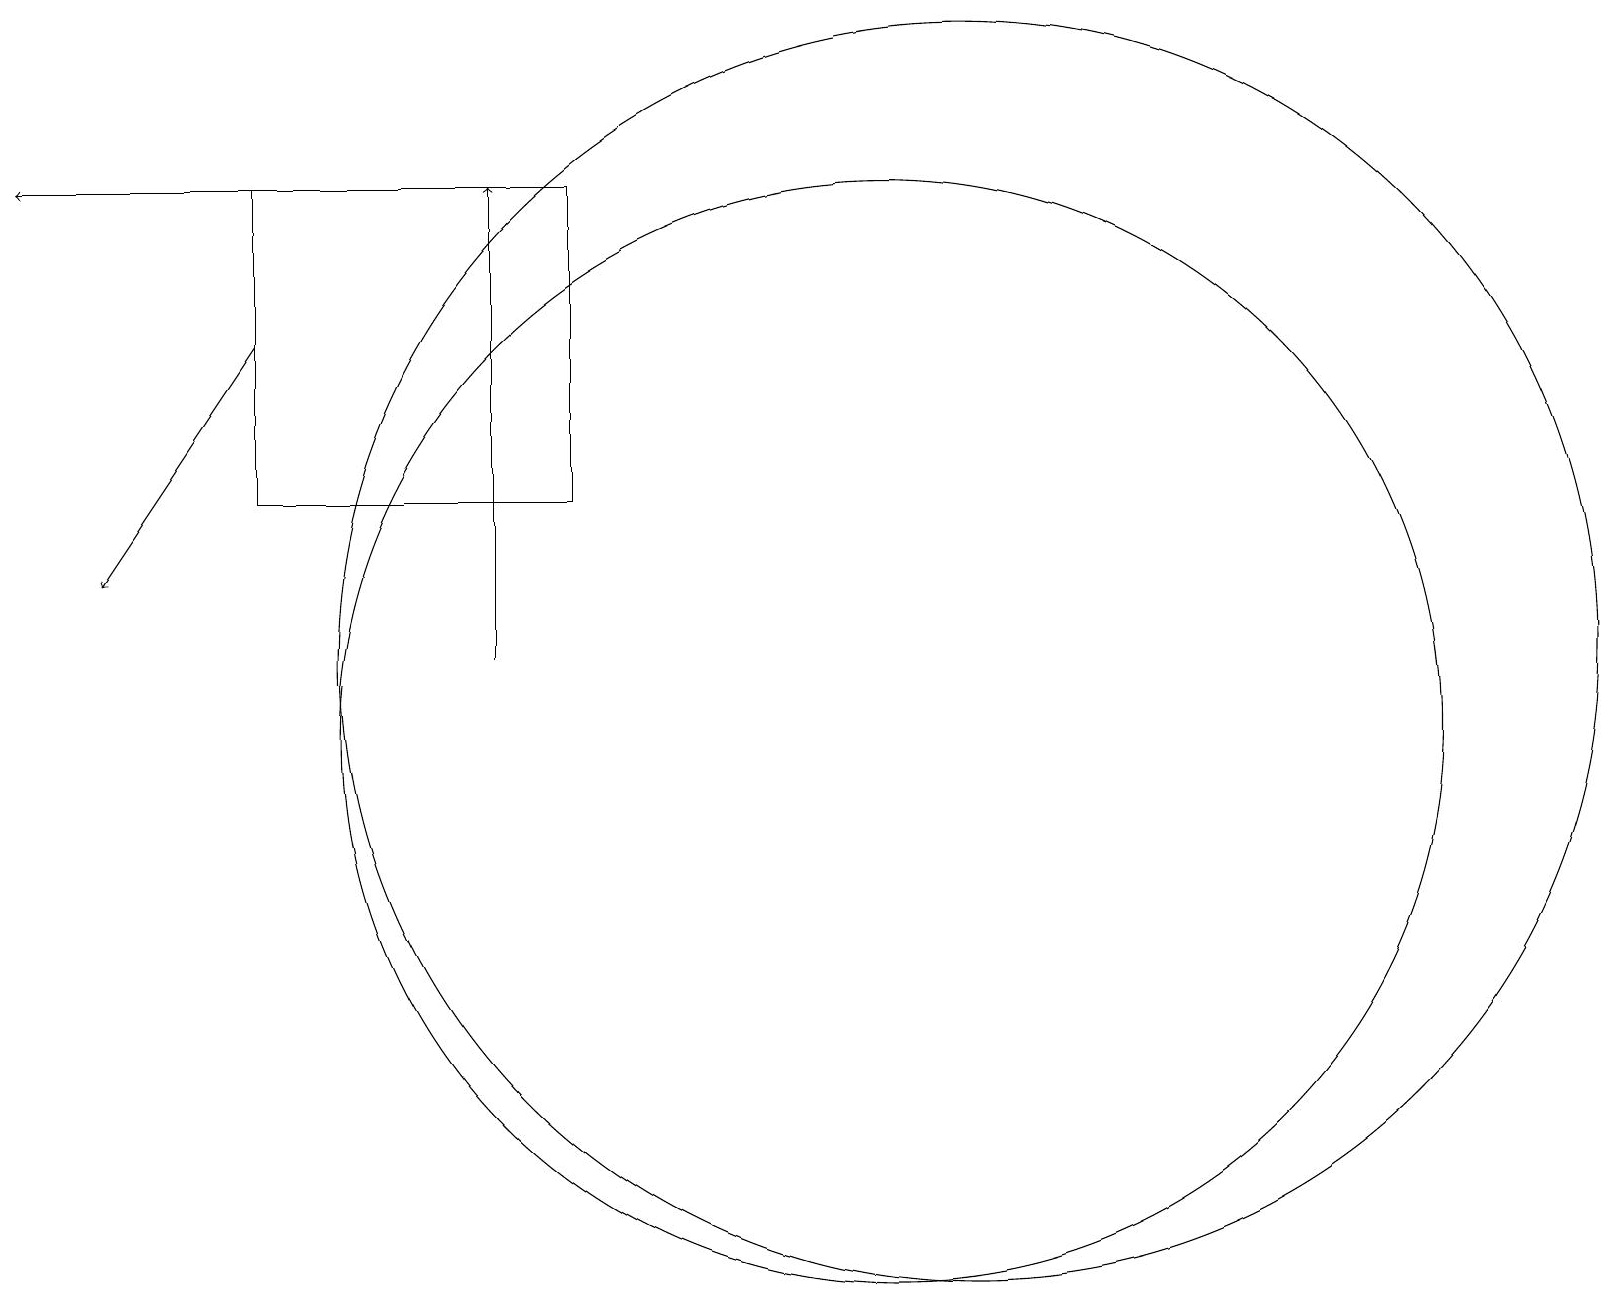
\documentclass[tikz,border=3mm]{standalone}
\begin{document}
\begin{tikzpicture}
\draw[->] (6,11) -- (6,17);
\draw[->] (5,17) -- (0,17);
\draw (11,10) circle (7);
\draw (3,17) rectangle (7,13);
\draw (12,11) circle (8);
\draw[->] (3,15) -- (1,12);
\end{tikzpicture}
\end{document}